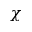
\chi